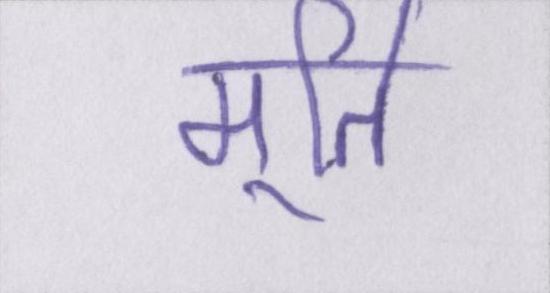
मूर्ति